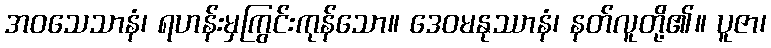
အဝသေသာနံ၊ ရဟန်းမှကြွင်းကုန်သော။ ဒေဝမနုဿာနံ၊ နတ်လူတို့၏။ ပူဇာ၊